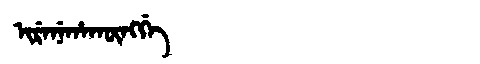
Manchu: ᡳᡵᡝᠨᡝᡥᠠᡴᡡᠩᡤᡝ
Romanization: IRENEHAKŪNGGE